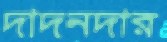
দাদনদার